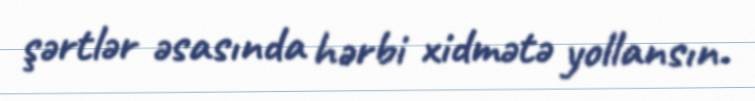
şərtlər əsasında hərbi xidmətə yollansın.